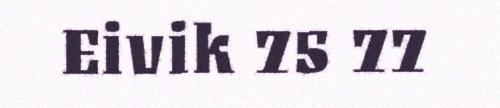
Eivik 75 77